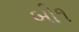
બી૧